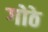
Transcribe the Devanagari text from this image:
गोठे